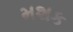
મશક